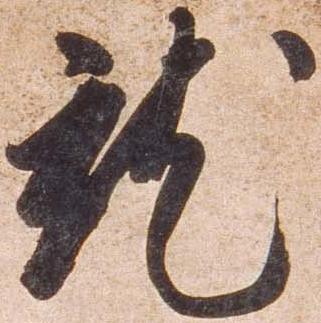
就